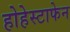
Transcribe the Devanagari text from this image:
होहेस्टाफेन